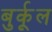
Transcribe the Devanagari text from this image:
बुर्कूल